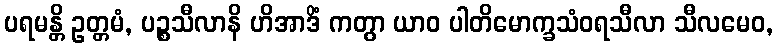
ပရမန္တိ ဥတ္တမံ, ပဉ္စသီလာနိ ဟိအာဒိံ ကတွာ ယာဝ ပါတိမောက္ခသံဝရသီလာ သီလမေဝ,